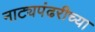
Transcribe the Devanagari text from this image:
नाट्यपंढरीच्या